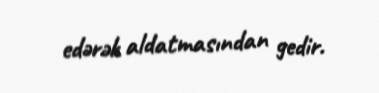
edərək aldatmasından gedir.